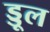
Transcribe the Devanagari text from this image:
ड्डूल